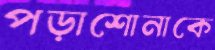
পড়াশোনাকে